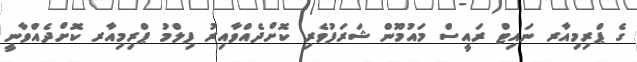
ގެ ޕްރިމިއާރ ނައިޓް ރައީސް މައުމޫން ޝަރަފުވެރި ކޮށްދެއްވާއިރު ފިލްމު ޕްރިމިއާރ ކޮށްދެއްވާނީ